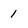
Character: 1